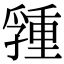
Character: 𡦢